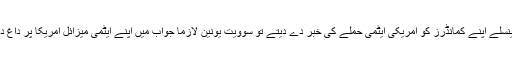
اگر اسٹینسلے اپنے کمانڈرز کو امریکی ایٹمی حملے کی خبر دے دیتے تو سوویت یونین لازما جواب میں اپنے ایٹمی میزائل امریکا پر داغ دے دیتا۔